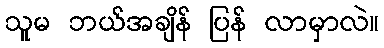
သူမ ဘယ်အချိန် ပြန် လာမှာလဲ။